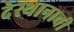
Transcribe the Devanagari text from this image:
देस्थानाची